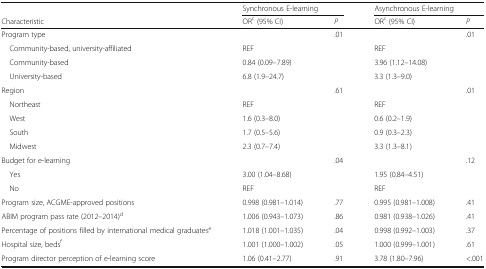
<table><thead><tr><td></td><td colspan="2"><b>Synchronous E-learning</b></td><td colspan="2"><b>Asynchronous E-learning</b></td></tr><tr><td><b>Characteristic</b></td><td><b>OR<sup>c</sup> (95% CI)</b></td><td><b><i>P</i></b></td><td><b>OR<sup>c</sup> (95% CI)</b></td><td><b><i>P</i></b></td></tr></thead><tbody><tr><td>Program type</td><td></td><td>.01</td><td></td><td>.01</td></tr><tr><td> Community-based, university-affiliated</td><td>REF</td><td></td><td>REF</td><td></td></tr><tr><td> Community-based</td><td>0.84 (0.09–7.89)</td><td></td><td>3.96 (1.12–14.08)</td><td></td></tr><tr><td> University-based</td><td>6.8 (1.9–24.7)</td><td></td><td>3.3 (1.3–9.0)</td><td></td></tr><tr><td>Region</td><td></td><td>.61</td><td></td><td>.01</td></tr><tr><td> Northeast</td><td>REF</td><td></td><td>REF</td><td></td></tr><tr><td> West</td><td>1.6 (0.3–8.0)</td><td></td><td>0.6 (0.2–1.9)</td><td></td></tr><tr><td> South</td><td>1.7 (0.5–5.6)</td><td></td><td>0.9 (0.3–2.3)</td><td></td></tr><tr><td> Midwest</td><td>2.3 (0.7–7.4)</td><td></td><td>3.3 (1.3–8.1)</td><td></td></tr><tr><td>Budget for e-learning</td><td></td><td>.04</td><td></td><td>.12</td></tr><tr><td> Yes</td><td>3.00 (1.04–8.68)</td><td></td><td>1.95 (0.84–4.51)</td><td></td></tr><tr><td> No</td><td>REF</td><td></td><td>REF</td><td></td></tr><tr><td>Program size, ACGME-approved positions</td><td>0.998 (0.981–1.014)</td><td>.77</td><td>0.995 (0.981–1.008)</td><td>.41</td></tr><tr><td>ABIM program pass rate (2012–2014)<sup>d</sup></td><td>1.006 (0.943–1.073)</td><td>.86</td><td>0.981 (0.938–1.026)</td><td>.41</td></tr><tr><td>Percentage of positions filled by international medical graduates<sup>e</sup></td><td>1.018 (1.001–1.035)</td><td>.04</td><td>0.998 (0.992–1.003)</td><td>.37</td></tr><tr><td>Hospital size, beds<sup>f</sup></td><td>1.001 (1.000–1.002)</td><td>.05</td><td>1.000 (0.999–1.001)</td><td>.61</td></tr><tr><td>Program director perception of e-learning score</td><td>1.06 (0.41–2.77)</td><td>.91</td><td>3.78 (1.80–7.96)</td><td>&lt;.001</td></tr></tbody></table>